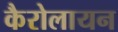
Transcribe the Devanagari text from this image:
कैरोलायन